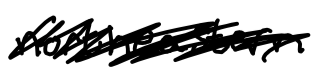
Text: northeastern
Cross-out: mix
Writing tool: digital_black